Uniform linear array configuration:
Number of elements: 32
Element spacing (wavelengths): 0.5
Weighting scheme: kaiser
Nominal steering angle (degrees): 60
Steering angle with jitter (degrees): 59.669
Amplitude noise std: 0.05
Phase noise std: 0.05

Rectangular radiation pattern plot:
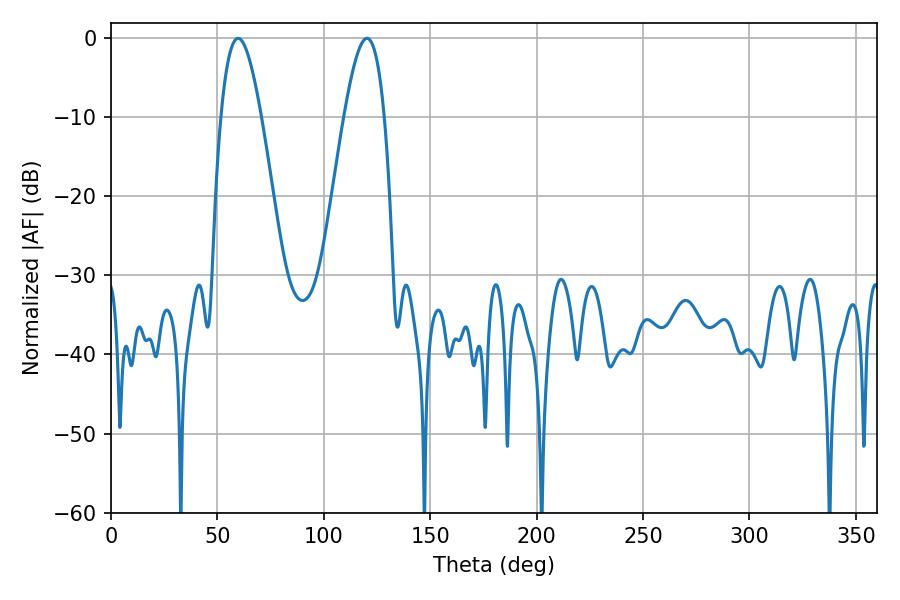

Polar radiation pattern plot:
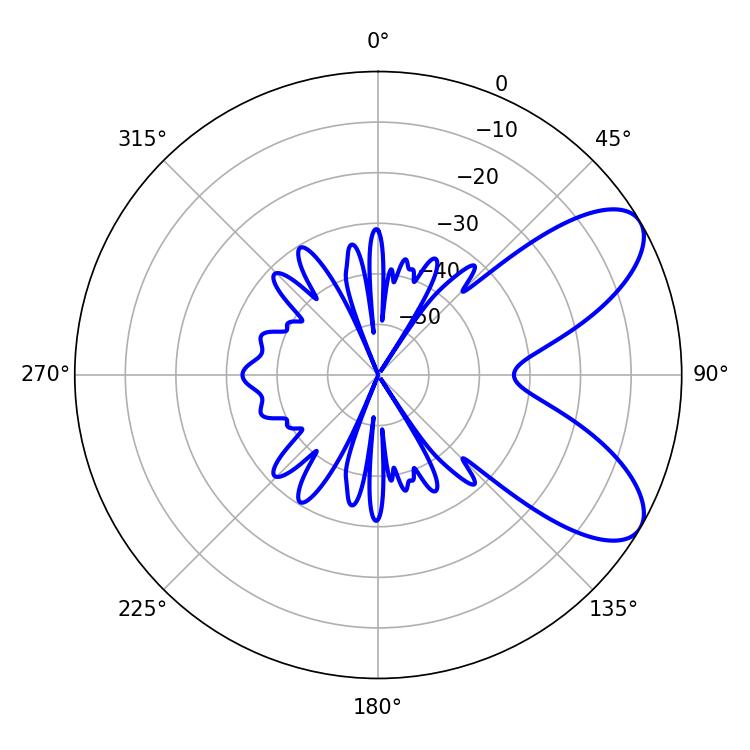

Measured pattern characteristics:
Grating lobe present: FALSE
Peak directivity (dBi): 7.72
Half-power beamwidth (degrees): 10.26
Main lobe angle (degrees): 59.76